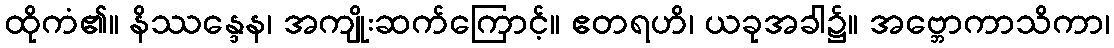
ထိုကံ၏။ နိဿန္ဒေန၊ အကျိုးဆက်ကြောင့်။ ဧတရဟိ၊ ယခုအခါ၌။ အဗ္ဘောကာသိကာ၊